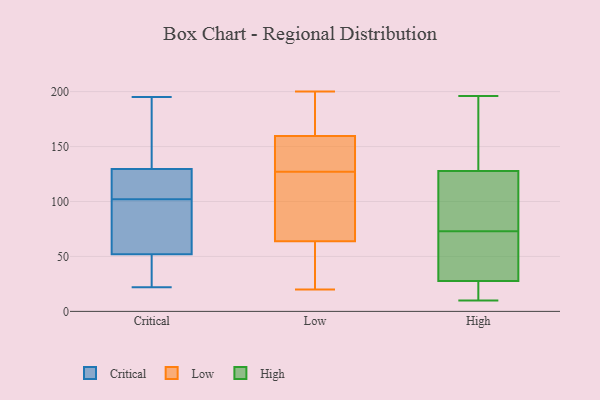
{"axis": {"x": "Operating Costs (USD K)", "y": "Value"}, "legend": ["Critical", "High", "Low"], "data": [{"x": "", "y": 91, "type": "Critical"}, {"x": "", "y": 84, "type": "Critical"}, {"x": "", "y": 132, "type": "Critical"}, {"x": "", "y": 73, "type": "Critical"}, {"x": "", "y": 31, "type": "Critical"}, {"x": "", "y": 112, "type": "Critical"}, {"x": "", "y": 104, "type": "Critical"}, {"x": "", "y": 102, "type": "Critical"}, {"x": "", "y": 178, "type": "Critical"}, {"x": "", "y": 22, "type": "Critical"}, {"x": "", "y": 195, "type": "Critical"}, {"x": "", "y": 171, "type": "Critical"}, {"x": "", "y": 50, "type": "Critical"}, {"x": "", "y": 122, "type": "Critical"}, {"x": "", "y": 37, "type": "Critical"}, {"x": "", "y": 105, "type": "Critical"}, {"x": "", "y": 58, "type": "Critical"}, {"x": "", "y": 31, "type": "Critical"}, {"x": "", "y": 184, "type": "Critical"}, {"x": "", "y": 92, "type": "Low"}, {"x": "", "y": 200, "type": "Low"}, {"x": "", "y": 141, "type": "Low"}, {"x": "", "y": 159, "type": "Low"}, {"x": "", "y": 81, "type": "Low"}, {"x": "", "y": 20, "type": "Low"}, {"x": "", "y": 144, "type": "Low"}, {"x": "", "y": 127, "type": "Low"}, {"x": "", "y": 28, "type": "Low"}, {"x": "", "y": 125, "type": "Low"}, {"x": "", "y": 170, "type": "Low"}, {"x": "", "y": 135, "type": "Low"}, {"x": "", "y": 30, "type": "Low"}, {"x": "", "y": 172, "type": "Low"}, {"x": "", "y": 20, "type": "Low"}, {"x": "", "y": 161, "type": "Low"}, {"x": "", "y": 75, "type": "Low"}, {"x": "", "y": 147, "type": "High"}, {"x": "", "y": 33, "type": "High"}, {"x": "", "y": 15, "type": "High"}, {"x": "", "y": 73, "type": "High"}, {"x": "", "y": 26, "type": "High"}, {"x": "", "y": 86, "type": "High"}, {"x": "", "y": 10, "type": "High"}, {"x": "", "y": 49, "type": "High"}, {"x": "", "y": 196, "type": "High"}, {"x": "", "y": 193, "type": "High"}, {"x": "", "y": 17, "type": "High"}, {"x": "", "y": 47, "type": "High"}, {"x": "", "y": 166, "type": "High"}, {"x": "", "y": 131, "type": "High"}, {"x": "", "y": 90, "type": "High"}, {"x": "", "y": 81, "type": "High"}, {"x": "", "y": 118, "type": "High"}, {"x": "", "y": 17, "type": "High"}, {"x": "", "y": 33, "type": "High"}]}